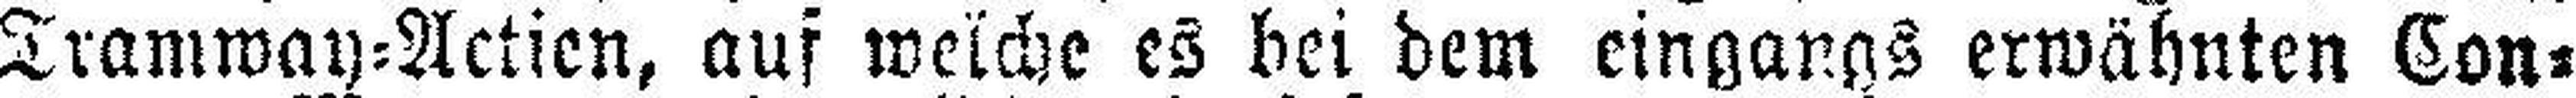
Tramway=Actien, auf welche es bei dem eingangs erwähnten Con¬